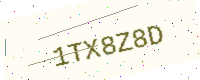
Text: 1TX8Z8D